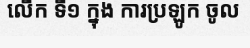
លើក ទី១ ក្នុង ការប្រឡូក ចូល